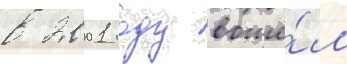
в 2001 году вошё́л